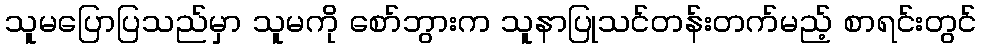
သူမပြောပြသည်မှာ သူမကို စော်ဘွားက သူနာပြုသင်တန်းတက်မည့် စာရင်းတွင်